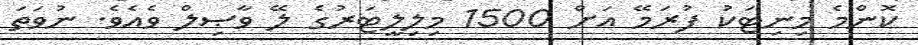
ކޮންމެ މިނިޓަކު ފުރަމޭ އަށް 1500 މިލިލީޓަރުގެ ލޭ ވާޞިލް ވެއެވެ. ނުވަތަ